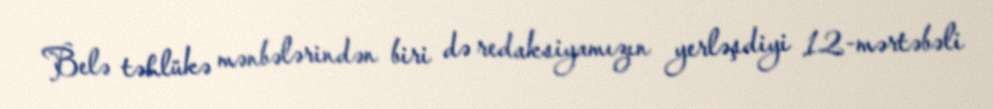
Belə təhlükə mənbələrindən biri də redaksiyamızın yerləşdiyi 12-mərtəbəli